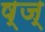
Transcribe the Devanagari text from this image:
ष्ज्